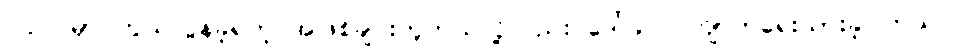
ပြည်ပမှာ ကွယ်လွန်ခဲ့ရတဲ့ အဖြစ်ချင်းတူတယ်လို့လည်း ဒေါ်ခင်လက်ျာကရေးသားခဲ့ပါတယ်။